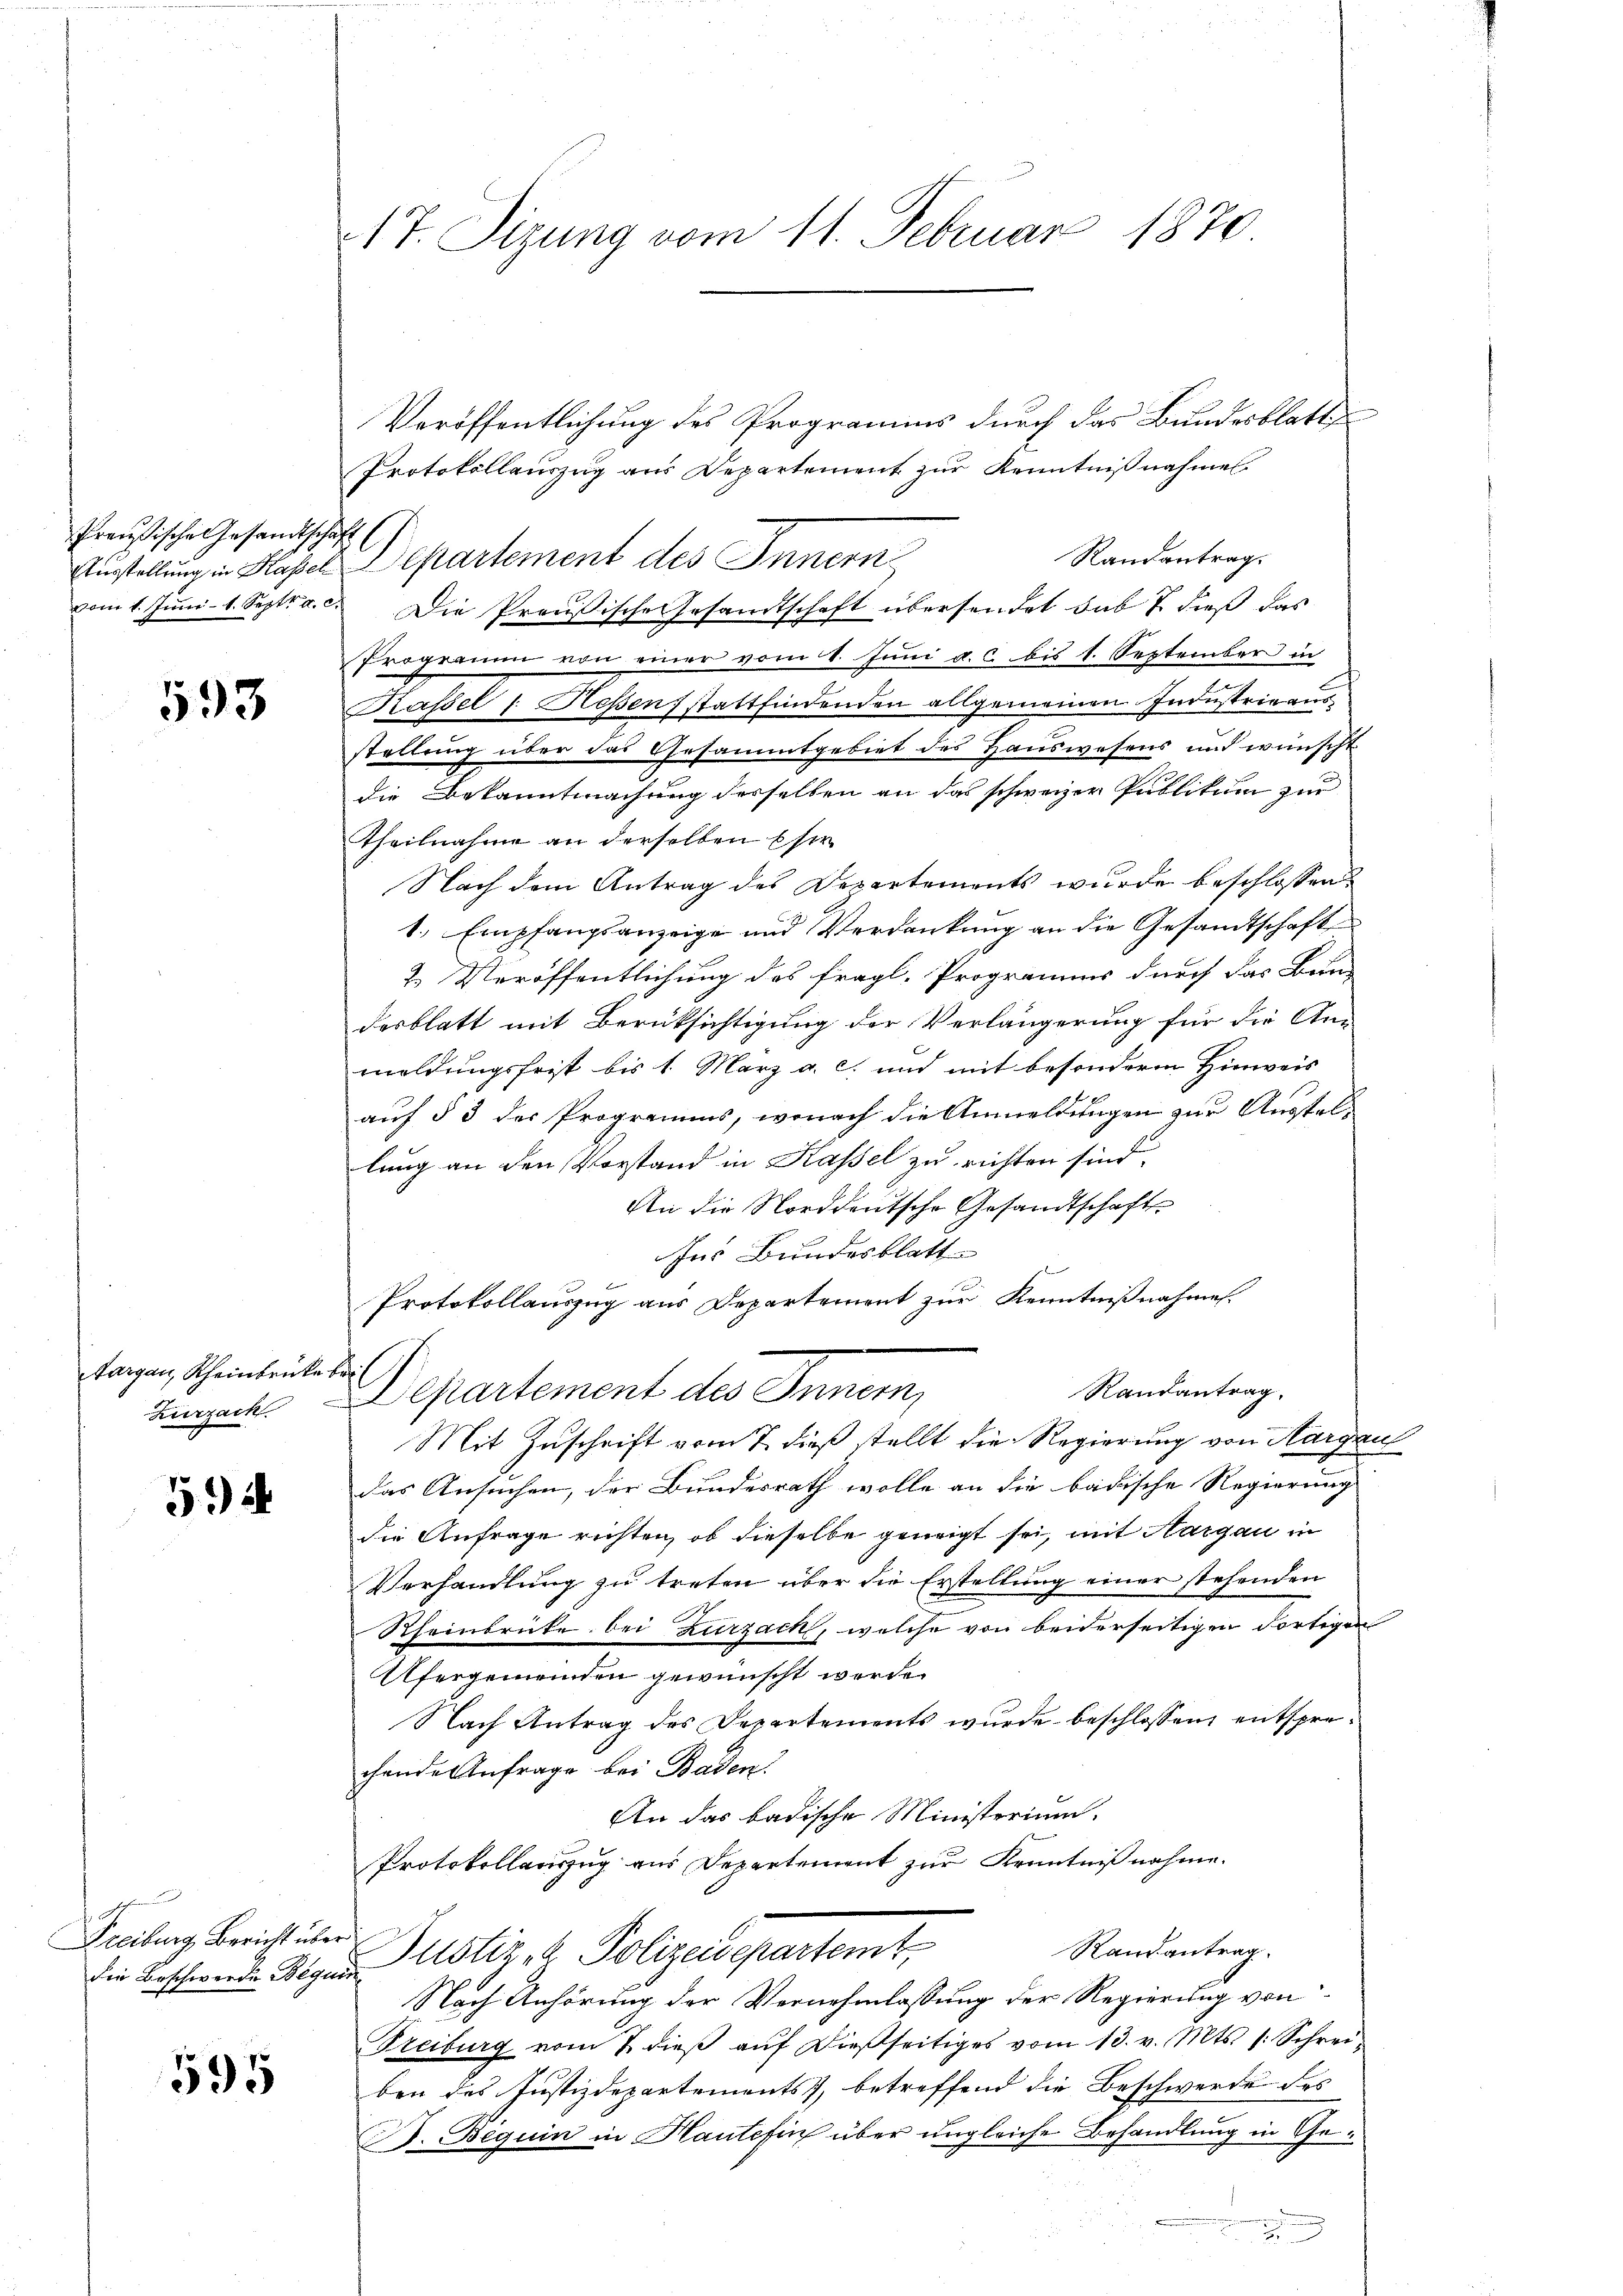
Preußische Gesandtschaft

593

targen, Scheinbrücke bei

594

t
Freiburg Bericht über

595

17. Sizung vom 11. Februar 1870

Veröffentlichung des Programms durch das Bundesblatt
Protokollauszug aus Departement zur Kenntnißnahmes
Randantrag.
Austellung in Hasel Departement des Innern
vom 1. Juni- 1. Sept. a. c. Die Preußische Gesandtschaft übersendet das 7. dieß das
Programm von einer vom 1. Juni a. c. bis 1. September in
Kassel 1. Hessens stattfindenden allgemeinen Industrieausstellung über das Gesammtgebiet des Hauswesens und wünscht
die Bekanntmachung desselben an das schweizer Publikum zur
Theilnahme an derselben sie
Nach dem Antrag des Departements wurde beschlossen
1., Empfangsanzeige und Verdankung an die Gesandtschaft
2. Veröffentlichung des fragl. Programms durch das Bun-
desblatt mit Berücksichtigung der Verlängerung für die An-
meldungsfrist bis 1. März a. c. und mit besonderm Hinweis
auf § 3 der Programms, wonach die Anmeldungen zur Ausstellung an den Vorstand in Kassel zu richten sind.
An die Norddeutsche Gesandtschaft
Ins Bundesblatt
Protokollauszug aus Departement zur Kenntnißnahmen.
Randantrag.
Tugen Departement des Innern,
Mit Zuschrift vom 7. dieß stellt die Regierung von Aargau
das Ansuchen, der Bundesrath wolle an die badische Regierung
die Anfrage richten, ob dieselbe geneigt sei, mit Aargau in
Verhandlung zu treten über die Erstellung einer stehenden
Rheinbrücke bei Zurzach, welche von beiderseitigen Fortigen
Ufergemeinden gewünscht werde.
Nach Antrag des Departements wurde beschlossen entsprechende Anfrage bei Baden.
An das badische Ministerium.
Protokollauszug aus Departement zur Kenntnißnahme.
Randantrag.
Die Beschende Wegen Justiz, 2 Polizeidepartemt,
Nach Anhörung der Vernehmlassung der Regierung von
Freiburg vom 7. dieβ aŭf dießseitiges vom 13. v. Mts. (: Schrei-
ben des Justizdepartements, betreffend die Beschwerde des
B. Beguin in Hautcfin über ungleiche Behandlung in Ge¬